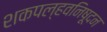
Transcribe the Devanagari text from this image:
शकपल्हवनिषूदन